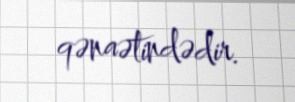
qənaətindədir.